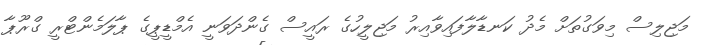
މަޖިލިސް މިވަގުތަށް މެދު ކަނޑާލާފައިވާއިރު މަޖިލީހުގެ ރައީސް ގެންދަވަނީ އެމްޑީޕީގެ ޕާލަމެންޓްރީ ގްރޫޕާ